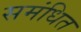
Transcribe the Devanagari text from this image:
समंधित